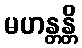
မဟန္တန္တိ